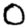
Digit: 0